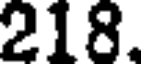
218.